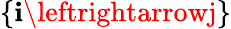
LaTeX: \{ \mathbf{i}\leftrightarrowj\}